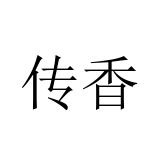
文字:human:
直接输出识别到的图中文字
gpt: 传香